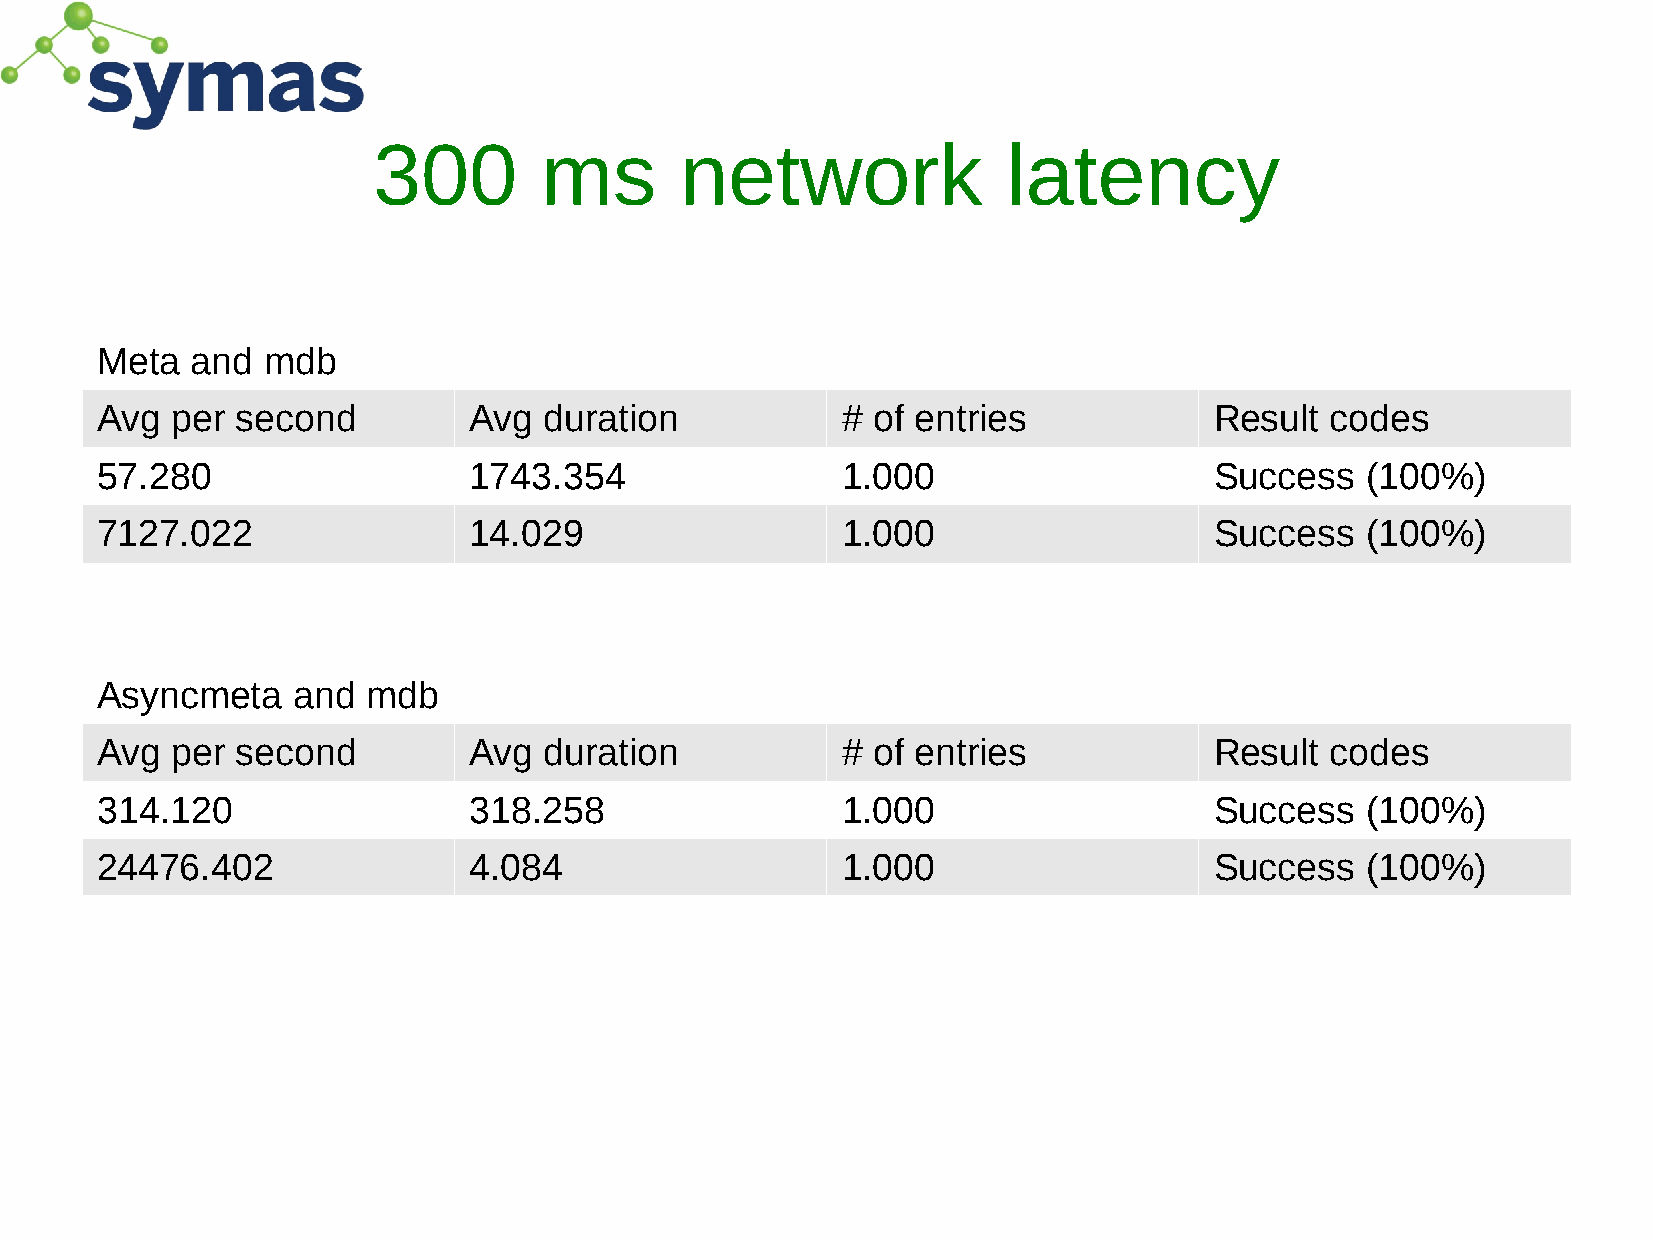
300        ms       network               latency
 Meta   and mdb
 Avg  per  second         Avg  duration            # of entries            Result  codes
 57.280                   1743.354                 1.000                   Success   (100%)
 7127.022                 14.029                   1.000                   Success   (100%)
 Asyncmeta    and  mdb
 Avg  per  second         Avg  duration            # of entries            Result  codes
 314.120                  318.258                  1.000                   Success   (100%)
 24476.402                4.084                    1.000                   Success   (100%)